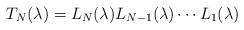
\begin{align*}T_N(\lambda)=L_N(\lambda)L_{N-1}(\lambda)\cdots L_1(\lambda)\end{align*}